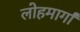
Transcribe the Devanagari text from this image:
लोहमार्गां